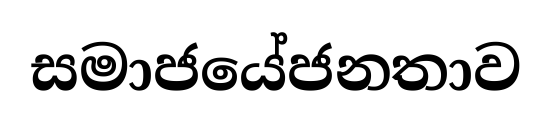
සමාජයේජනතාව